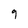
Character: 9